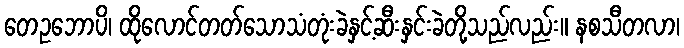
တေဥဘောပိ၊ ထိုလောင်တတ်သောသံတုံးခဲနှင့်ဆီးနှင်းခဲတို့သည်လည်း။ နစသီတလာ၊